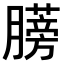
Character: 𫆼